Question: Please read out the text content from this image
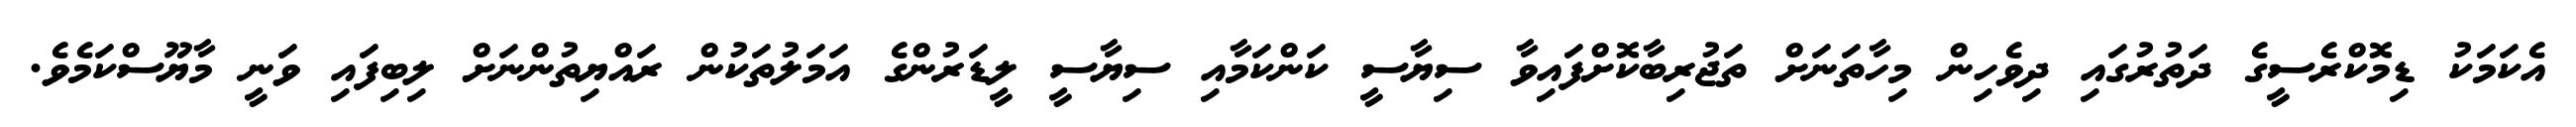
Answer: އެކަމަކު ޑިމޮކްރެސީގެ ދަތުރުގައި ދިވެހިން މިހާތަނަށް ތަޖުރިބާކޮށްފައިވާ ސިޔާސީ ކަންކަމާއި ސިޔާސީ ލީޑަރުންގެ އަމަލުތަކުން ރައްޔިތުންނަށް ލިބިފައި ވަނީ މާޔޫސްކަމެވެ.